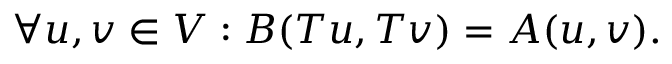
\forall u , v \in V : B ( T u , T v ) = A ( u , v ) .